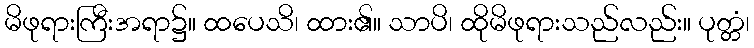
မိဖုရားကြီးအရာ၌။ ထပေသိ၊ ထား၏။ သာပိ၊ ထိုမိဖုရားသည်လည်း။ ပုတ္တံ၊